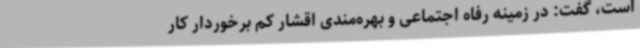
است، گفت: در زمینه رفاه اجتماعی و بهره‌مندی اقشار کم برخوردار کار